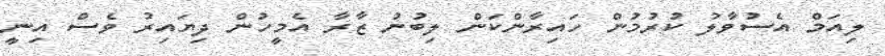
ލިއަމް އެސުވާލު ކުރުމުން ހައިރާންކަން ލިބުނު ޒާރާ އެމީހުން ދިޔައިރު ވެސް އިނީ